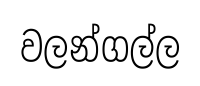
වලන්ගල්ල